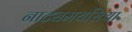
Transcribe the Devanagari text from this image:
नाट्यमयरित्या